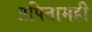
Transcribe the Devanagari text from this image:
प्रपितामही